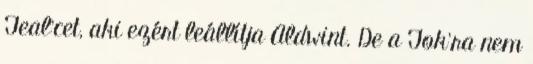
Teal’cet, aki ezért leállítja Aldwint. De a Tok’ra nem